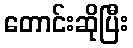
တောင်းဆိုပြီး